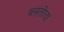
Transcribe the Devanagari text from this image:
बसंतीचा